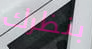
بنظرك